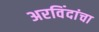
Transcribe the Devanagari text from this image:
अरविंदांचा